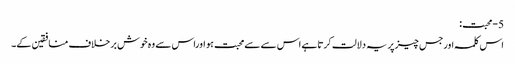
5-محبت:
اس کلمہ اورجس چیزپریہ دلالت کرتاہے اس سے سےمحبت ہو اوراس سے وہ خوش برخلاف منافقین کے۔